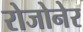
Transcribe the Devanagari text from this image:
रोजोनेर